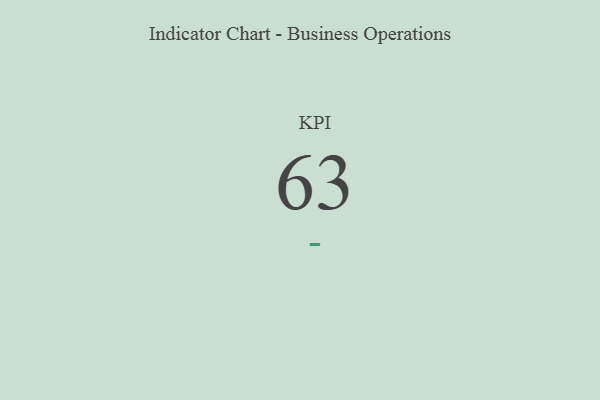
{"axis": {"x": "KPI", "y": "Value"}, "legend": [""], "data": [{"x": "KPI", "y": 63, "type": ""}]}